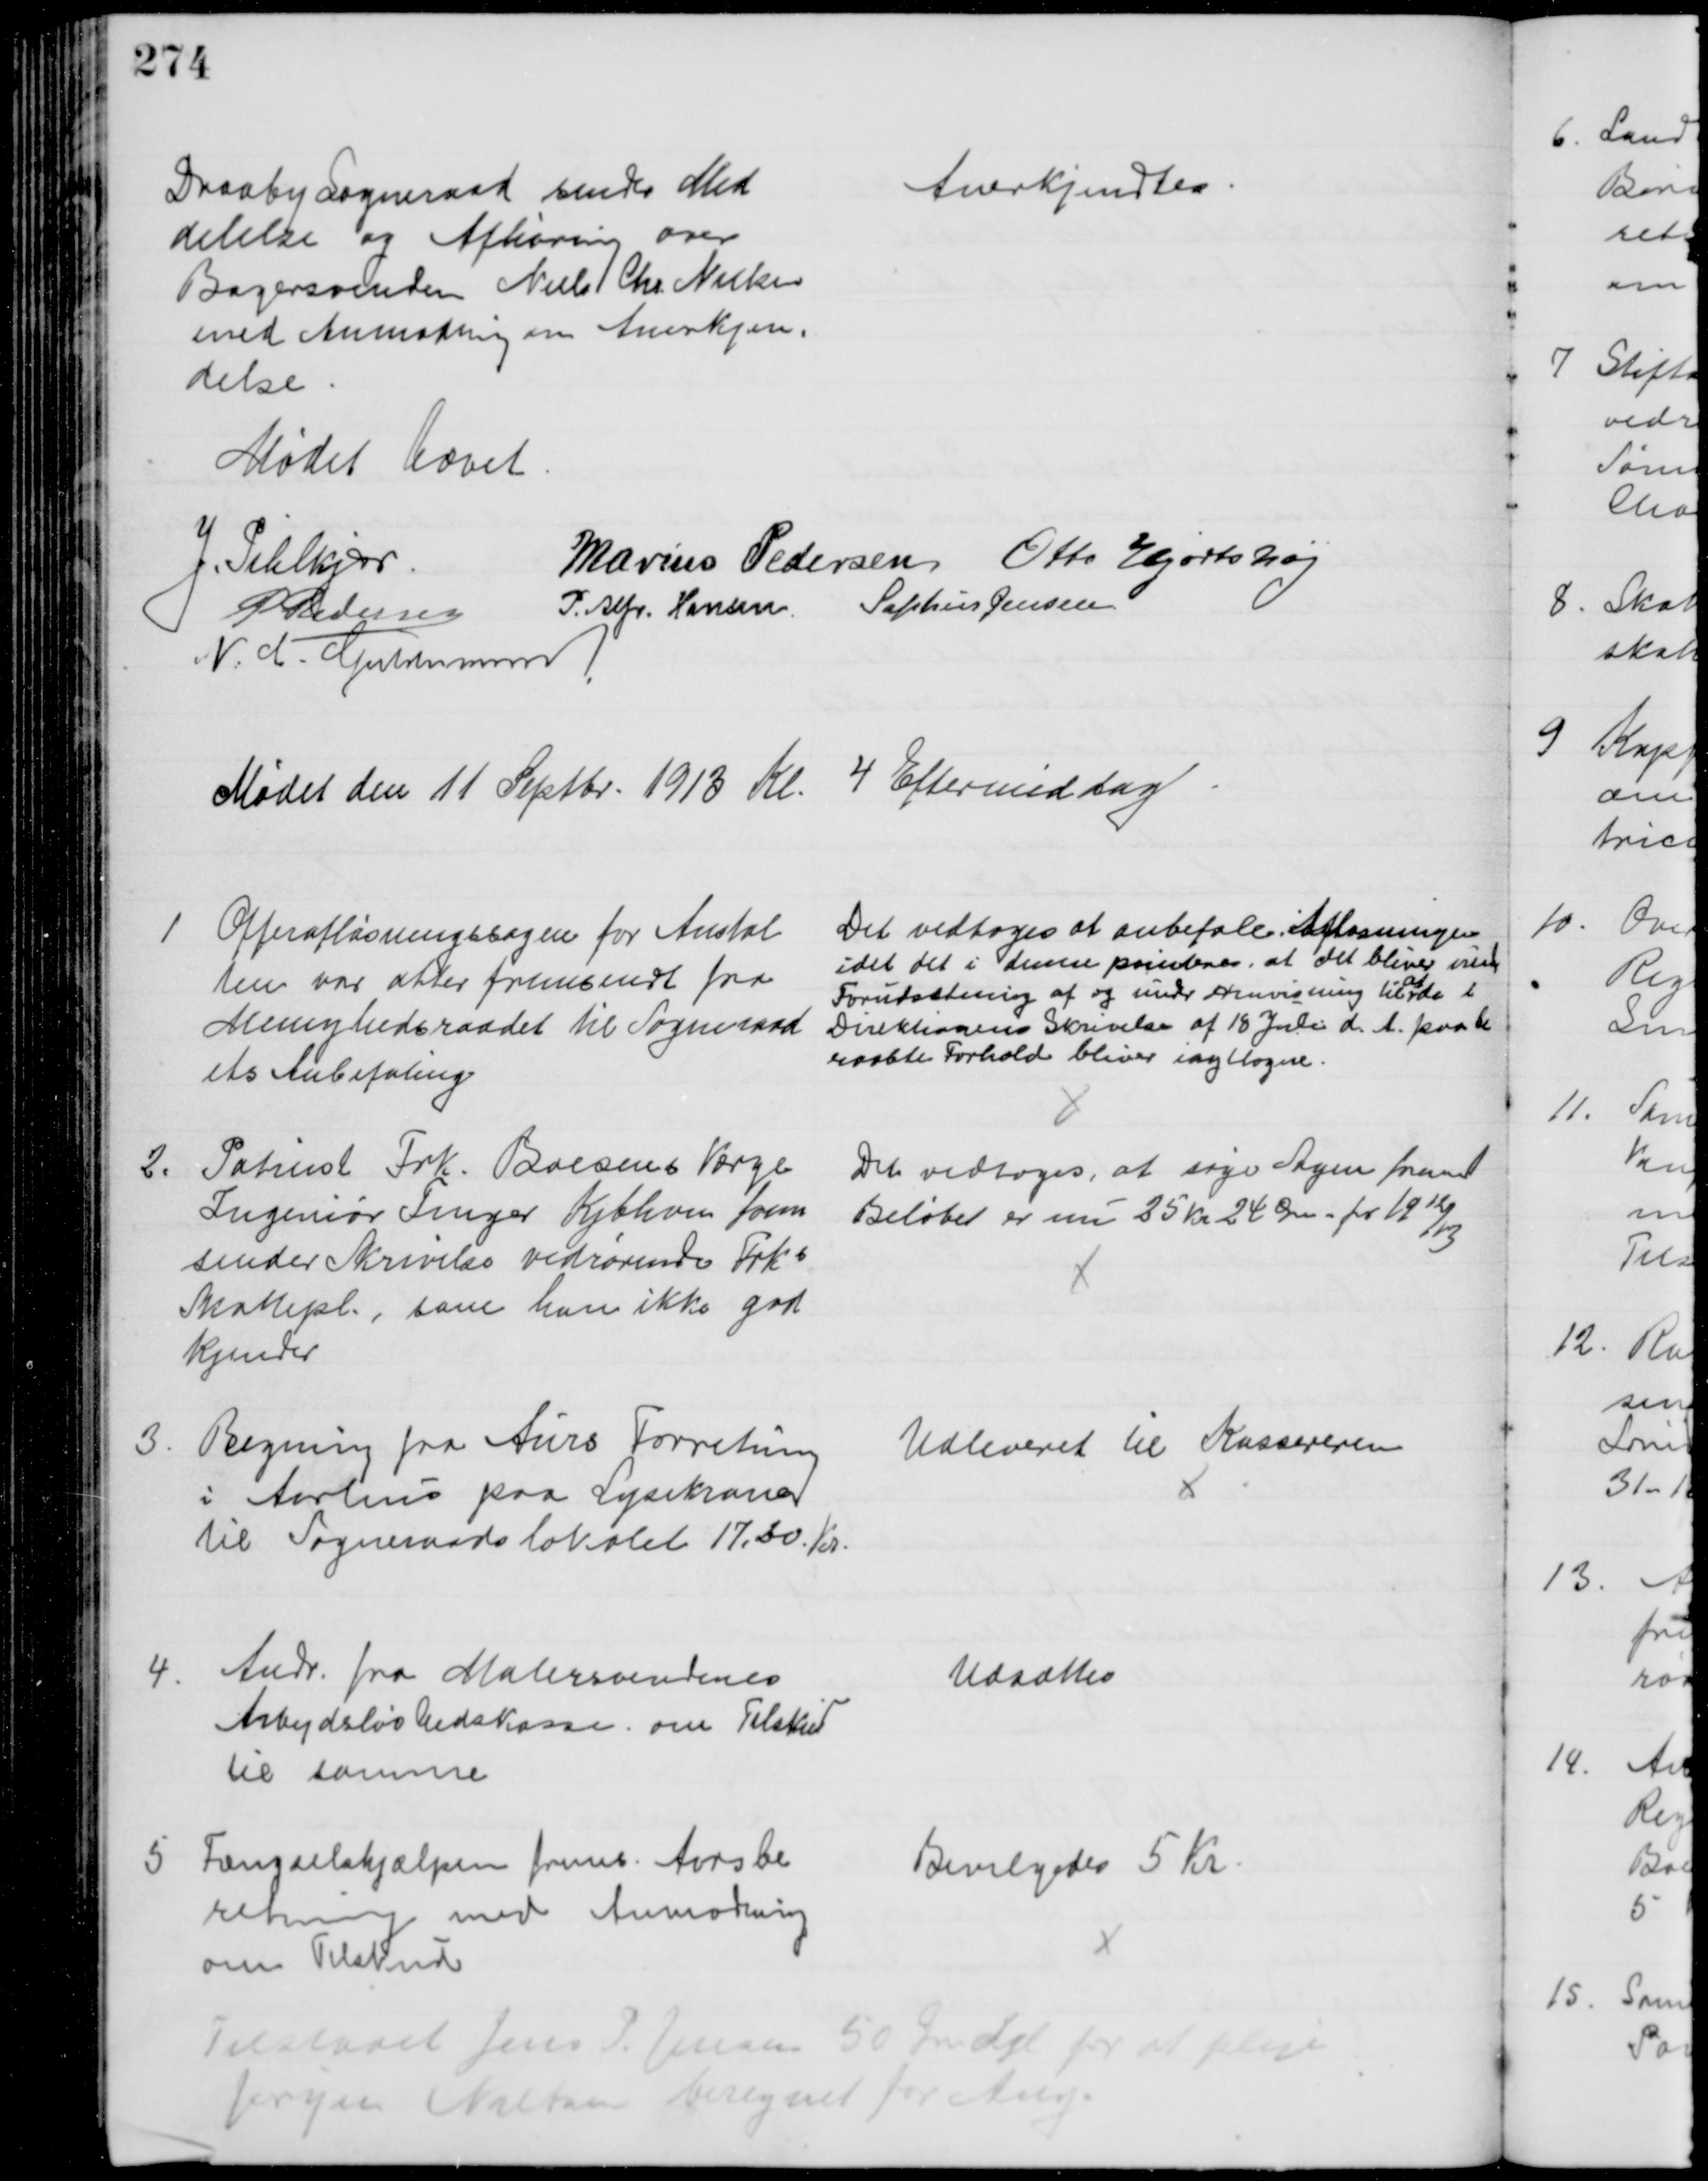
Transskription:
Draaby Sogneraad sender Med
delelse og Afhøring over
Bagersvenden Niels Chr. Nielsen
med Anmodning om Anerkjen=
delse
Anerkjendtes.
Mødet hævet
J. Pihlkjær
Marius Pedersen Otto Hjortshøj
P Pedersen P. Alfr. Hansen Sophus Jensen
N. C. Guldmann
Mødet den 11 Septbr. 1913 Kl. 4 Eftermiddag
1
Offerafløsningssagen for Anstal
ten var atter fremsendt fra
Menighedsraadet til Sogneraad
ets Anbefaling
Det vedtoges at anbefale Afløsningen
idet det i denne pointeres, at det bliver under
Forudsætning af og under Henvisning til  
at
de i 
Direktionens Skrivelse af 18 Juli d. A. paabe
raabte Forhold bliver iagttagne.
2.
Patient Frk. Boesens Værge
Ingeniør Fenger Kjbhvn frem
sender Skrivelse vedrørende Frks
Skattepl., som han ikke god
kjender
Det vedtoges, at søge Sagen freml
Beløbet er den 25 Kr. 24 Øre for 1912/13
3.
Regning fra Aurs Forretning
i Aarhus paa Lysekroner
til Sogneraadslokalet 17,20 Kr.
Udleveret til Kassereren
4
Andr. fra Malersvendenes
Arbejdsløshedskasse om Tilskud
til samme
Udsattes
5
Fængselshjælpen frems. Aarsbe
retning med Anmodning
om Tilskud
Bevilgedes 5 Kr.
Tilstaaet Jens P. Jensen 50 Øre dgl for at pleje
Jørgen Nielsen beregnet for Aug.